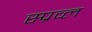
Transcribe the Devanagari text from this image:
स्प्रव्ल